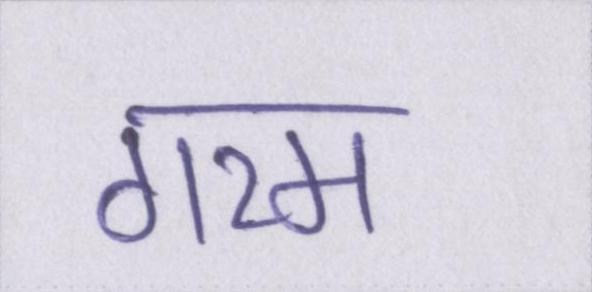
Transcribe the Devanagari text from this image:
गरम